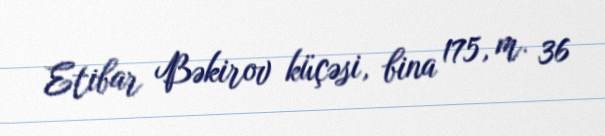
Etibar Bəkirov küçəsi, bina 175, m. 36